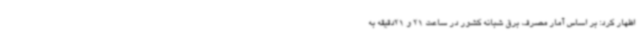
اظهار کرد: بر اساس آمار مصرف برق شبانه کشور در ساعت 21 و 21دقیقه به